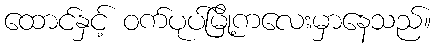
ထောင်နှင့် ဝက်ပုပ်မြို့ကလေးမှာနေသည်။